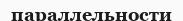
параллельности